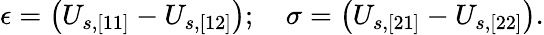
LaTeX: \epsilon=\left(U_{s,[11]}-U_{s,[12]}\right);\quad\sigma=\left(U_{s,[21]}-U_{s,[22]}\right).